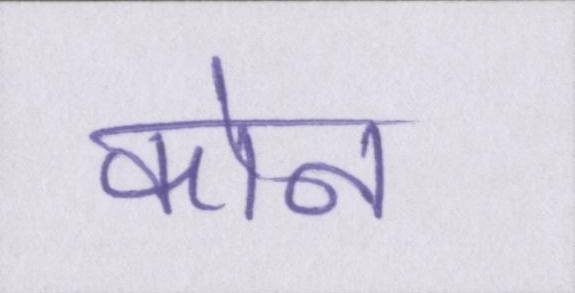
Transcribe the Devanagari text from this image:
कोन